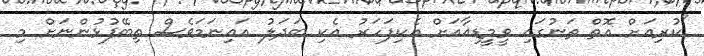
"ކުރިއަށް އޮތް ތަނުގައި ވީމީޑިއާއަށް އެކިފަހަރު އެކި ބަދަލު އައިނަމަވެސް ތިބޭފުޅުންނަށް މި